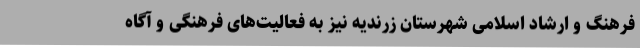
فرهنگ و ارشاد اسلامی شهرستان زرندیه نیز به فعالیت‌های فرهنگی و آگاه